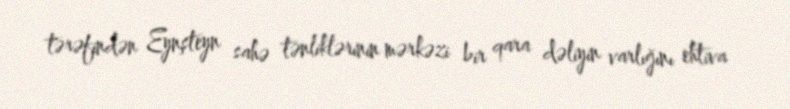
tərəfindən Eynşteyn sahə tənliklərinin mərkəzi bir qara dəliyin varlığını ehtiva